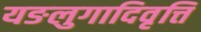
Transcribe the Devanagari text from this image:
यङलुगादिवृत्ति